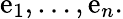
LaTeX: \mathrm{e}_{1},\dots,\mathrm{e}_{n}.